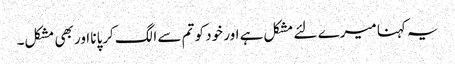
یہ کہنا میرے لئے مشکل ہے اور خود کو تم سے الگ کرپانا اور بھی مشکل۔